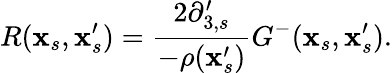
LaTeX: R(\textbf{x}_{s},\textbf{x}_{s}^{\prime})=\frac{2\partial_{3,s}^{\prime}}{-\rho(\textbf{x}_{s}^{\prime})}G^{-}(\textbf{x}_{s},\textbf{x}_{s}^{\prime}).